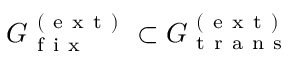
G _ { \mathrm { ~ f ~ i ~ x ~ } } ^ { \mathrm { ~ ( ~ e ~ x ~ t ~ ) ~ } } \subset G _ { \mathrm { ~ t ~ r ~ a ~ n ~ s ~ } } ^ { \mathrm { ~ ( ~ e ~ x ~ t ~ ) ~ } }